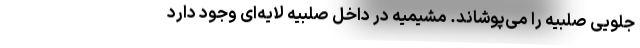
جلویی صلبیه را می‌پوشاند. مَشیمیه در داخل صلبیه لایه‌ای وجود دارد